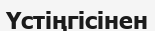
Үстіңгісінен